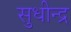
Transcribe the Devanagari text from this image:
सुधीन्द्र